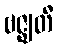
ဗဇ္ဈတီ